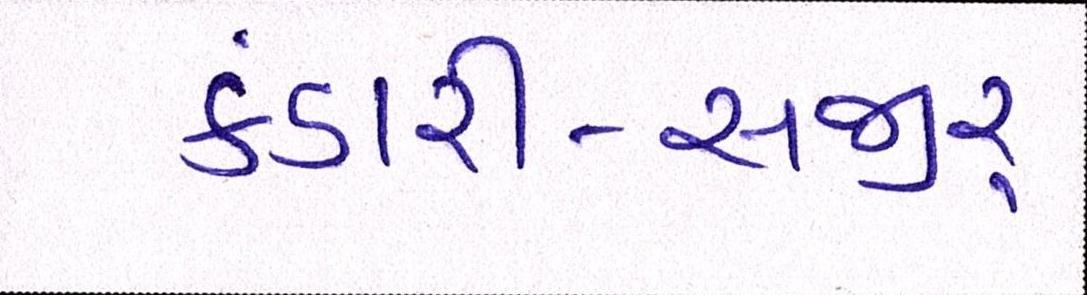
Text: કંડારી-સજીર્